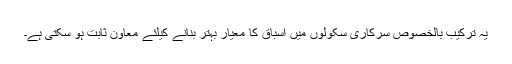
یہ ترکیب بالخصوص سرکاری سکولوں میں اسباق کا معیار بہتر بنانے کیلئے معاون ثابت ہو سکتی ہے۔